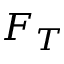
F _ { T }